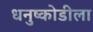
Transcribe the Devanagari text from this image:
धनुष्कोडीला